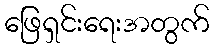
ဖြေရှင်းရေးအတွက်